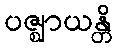
ပဇ္ဈာယန္တိ